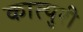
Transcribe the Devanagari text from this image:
कात्‍युरी